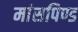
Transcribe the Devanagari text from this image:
मांसपिण्ड